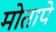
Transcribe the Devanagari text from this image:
मोतापे